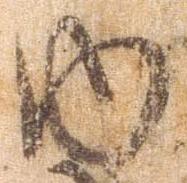
内